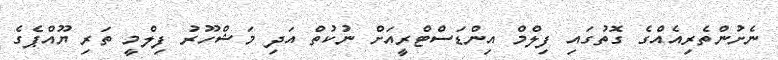
ނެށުންތެރިއެއްގެ ގޮތުގައި ފިލްމް އިންޑަސްޓްރީއަށް ނުކުތް އަދި މަޝްހޫރު ފިލްމީ ތަރި ޔޫއްޕެގެ